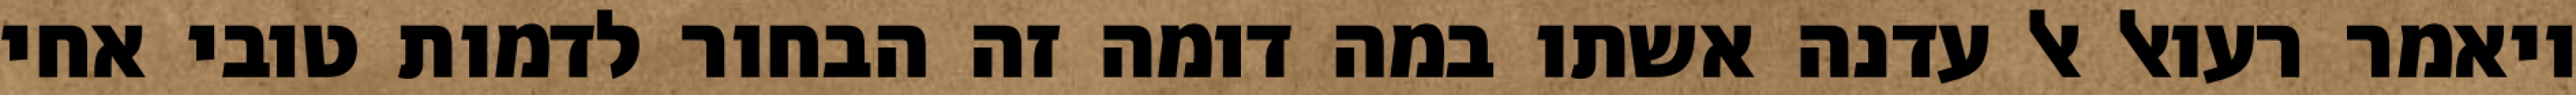
ויאמר רעואל אל עדנה אשתו במה דומה זה הבחור לדמות טובי אחי